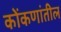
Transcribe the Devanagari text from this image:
कोंकणांतील